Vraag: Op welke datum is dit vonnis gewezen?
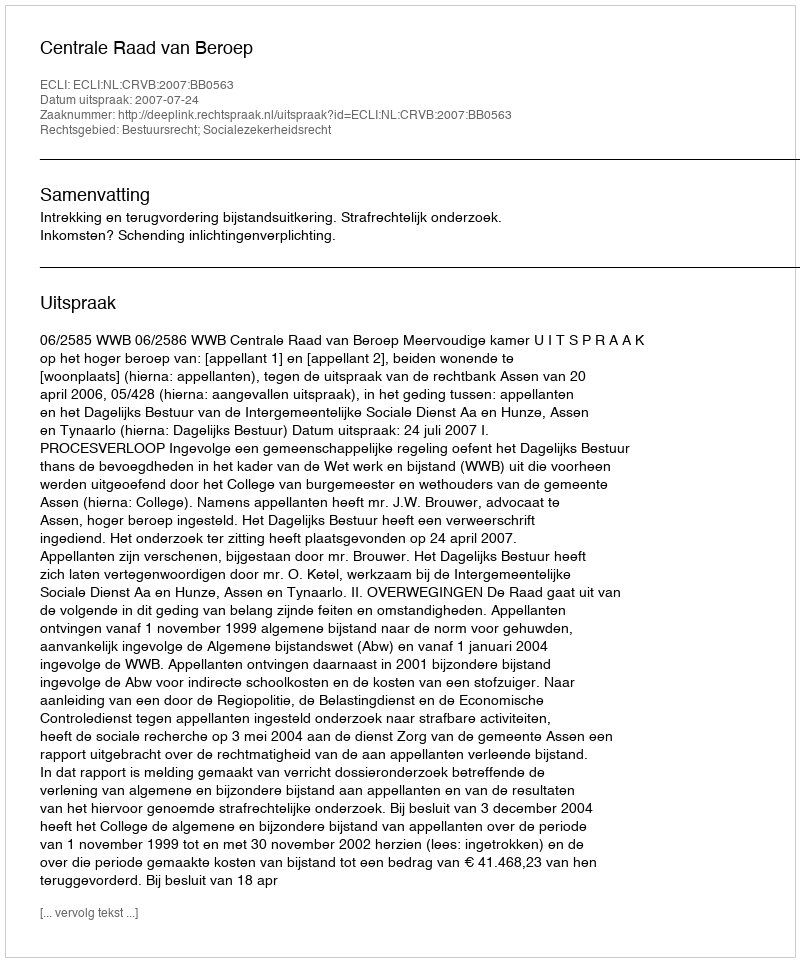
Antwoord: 2007-07-24